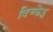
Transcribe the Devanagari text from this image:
विच्केट्स